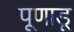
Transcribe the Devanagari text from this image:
पूणाडू